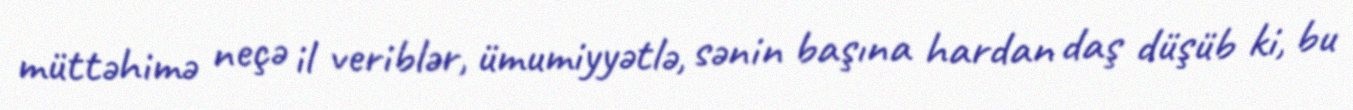
müttəhimə neçə il veriblər, ümumiyyətlə, sənin başına hardan daş düşüb ki, bu